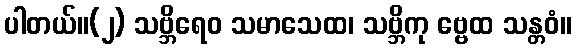
ပါတယ်။(၂) သဗ္ဘိရေဝ သမာသေထ၊ သဗ္ဘိကု ဗ္ဗေထ သန္တဝံ။